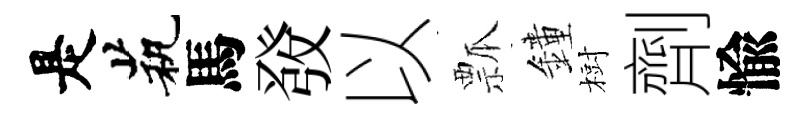
是茕馬𤼲以瓢鐘𣗳劑愉